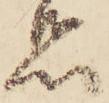
惑